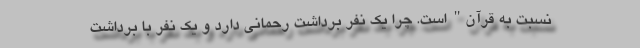
نسبت به قرآن" است. چرا یک نفر برداشت رحمانی دارد و یک نفر با برداشتِ